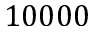
1 0 0 0 0